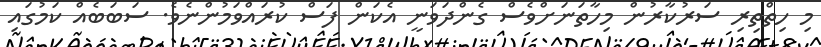
މި ހިތްތިރި ސަރުކާރުން މިހާތަނަށްވެސް ގެންދަވަނީ އެކަން ފަސް ކުރައްވަމުންނެވެ. ސަބަބެއް ކަމުގައި